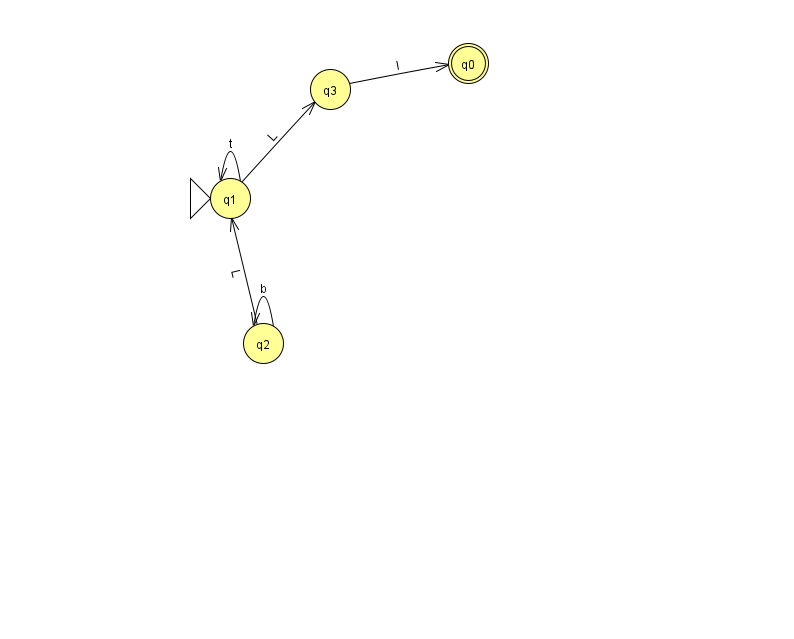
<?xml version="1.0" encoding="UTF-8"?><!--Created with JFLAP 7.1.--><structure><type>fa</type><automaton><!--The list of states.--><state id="0" name="q0"><x>468.0</x><y>50.0</y><final/></state><state id="1" name="q1"><x>230.0</x><y>185.0</y><initial/></state><state id="2" name="q2"><x>263.0</x><y>330.0</y></state><state id="3" name="q3"><x>330.0</x><y>76.0</y></state><!--The list of transitions.--><transition><from>2</from><to>2</to><read>b</read></transition><transition><from>1</from><to>1</to><read>t</read></transition><transition><from>3</from><to>0</to><read>I</read></transition><transition><from>2</from><to>1</to><read>L</read></transition><transition><from>1</from><to>3</to><read>L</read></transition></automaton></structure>